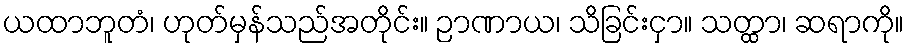
ယထာဘူတံ၊ ဟုတ်မှန်သည်အတိုင်း။ ဉာဏာယ၊ သိခြင်းငှာ။ သတ္ထာ၊ ဆရာကို။